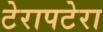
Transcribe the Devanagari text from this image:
टेरापटेरा